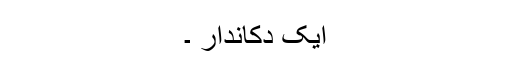
ایک دکاندار ۔